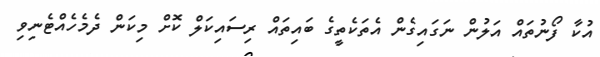
އުކާ ފޯނުތައް އަލުން ނަގައިގެން އެތަކެތީގެ ބައިތައް ރިސައިކަލް ކޮށް މިކަން ދެމެހެއްޓެނިވި